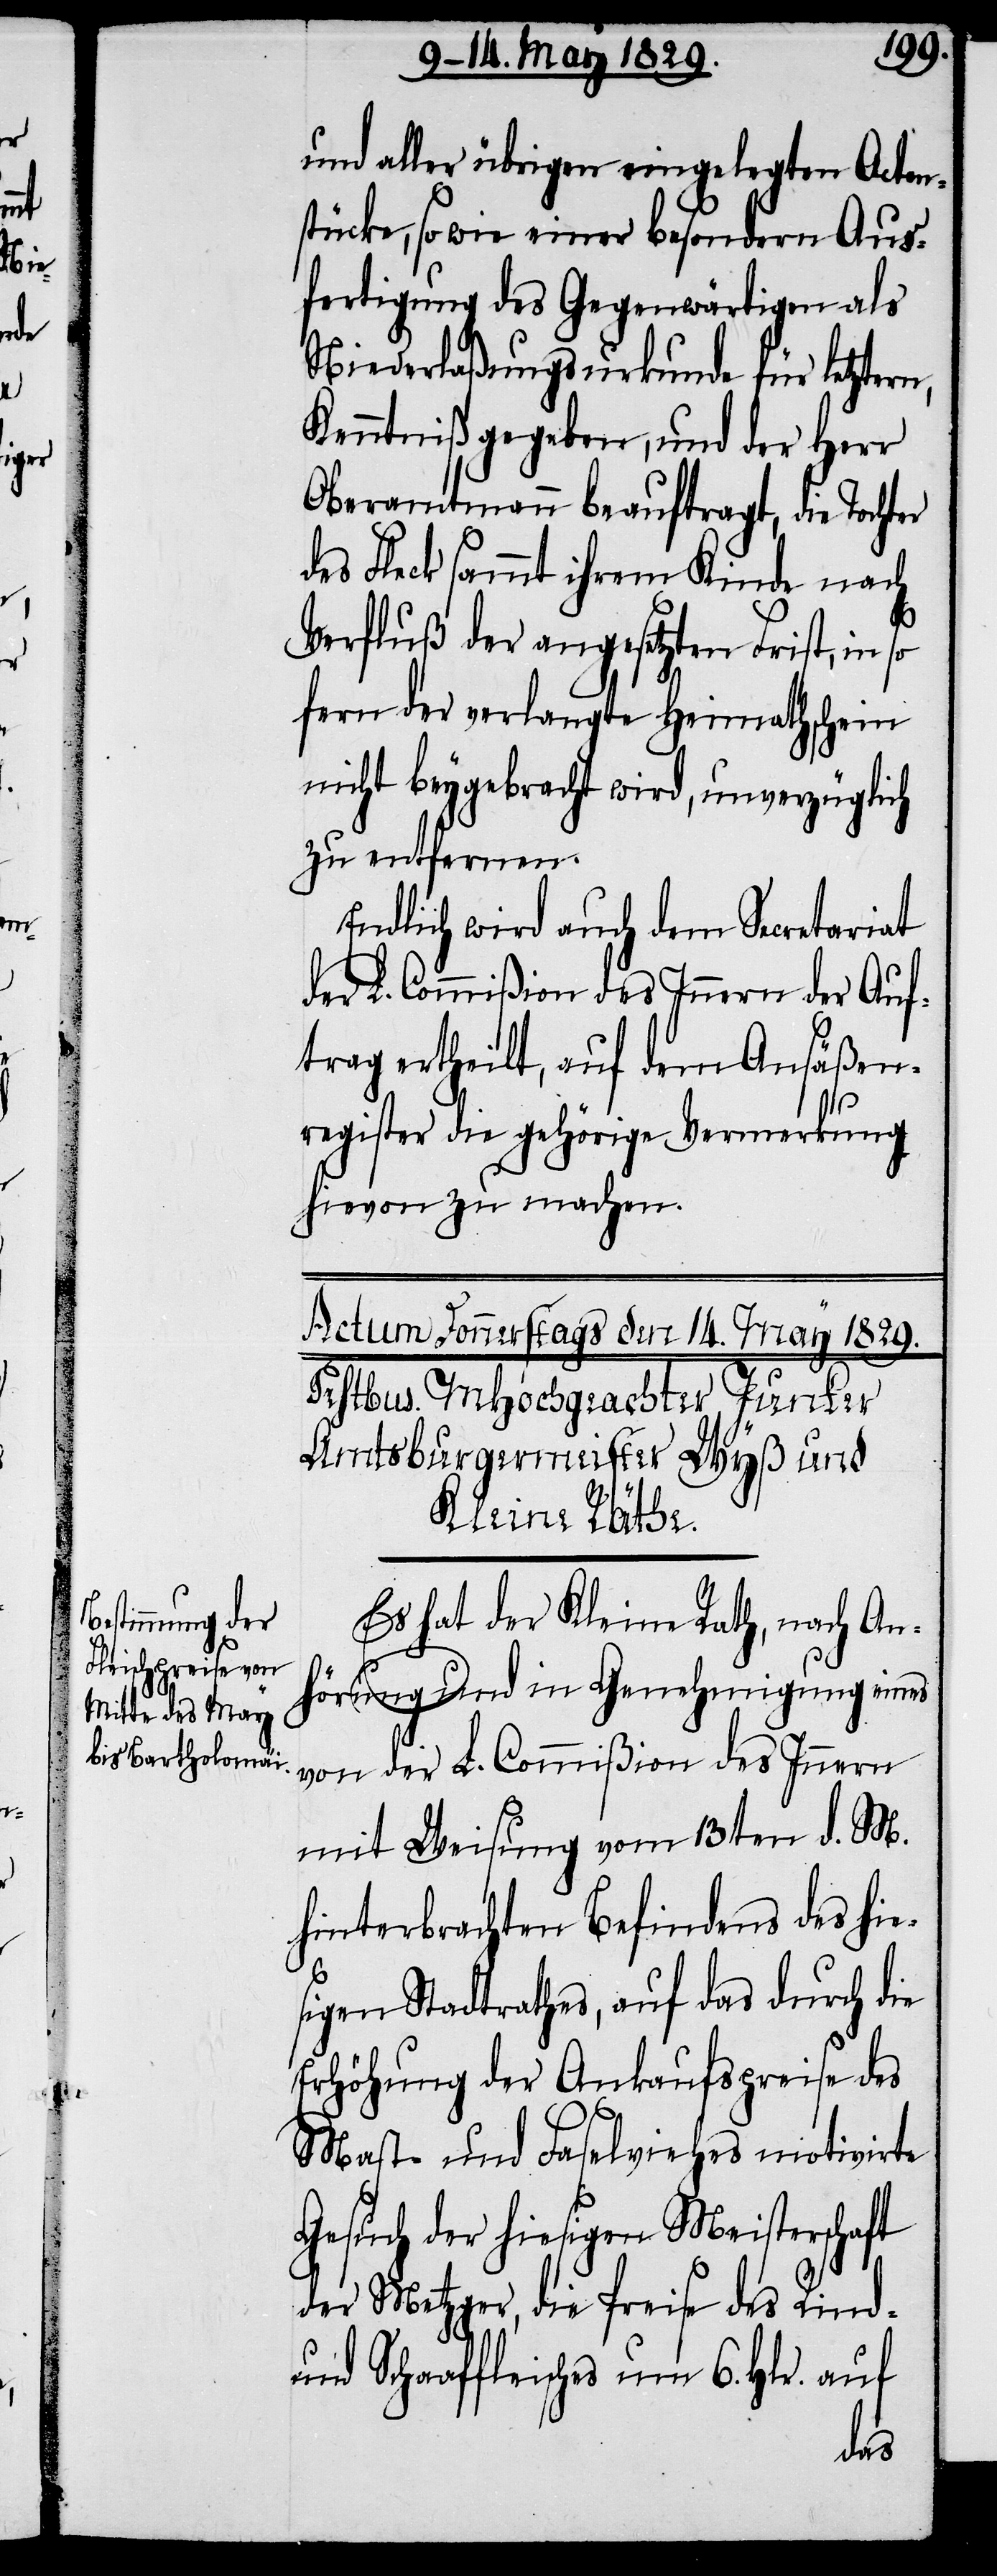
und aller übrigen eingelegten Acten¬
stücke, so wie einer besondern Aus¬
fertigung des Gegenwärtigen als
Niederlaßungsurkunde für letztern,
Kenntniß gegeben, und der Herr
Oberamtmann beauftragt, die Tocht¬
des Fleck sammt ihrem Kinde nach
Verfluß der angesetzten Frist, in
fern der verlangte Heimathschein
nicht beygebracht wird, unverzüglich
zu entfernen.
Endlich wird auch dem Secretariat
der L. Commißion des Innern der Auf¬
trag ertheilt, auf dem Ansäßen¬
register die gehörige Vermerkung
hievon zu machen.
Es hat der Kleine Rath, nach An¬
hörung und in Genehmigung eines
von der L. Commißion des Innern
mit Weisung vom 13ten d. M.
hinterbrachten Befindens des hie¬
sigen Stadtrathes, auf das durch die
Erhöhung der Ankaufspreise des
Mast- und Faselviehes motivirte
Gesuch der hiesigen Meisterschaft
der Metzger, die Preise des Rind-
und Schaaffleisches um 6. Hlr. auf
er